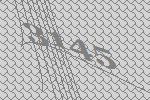
3145